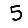
Digit: 5